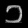
Digit: ၁